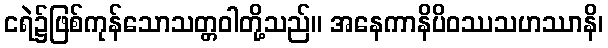
ငရဲ၌ဖြစ်ကုန်သောသတ္တဝါတို့သည်။ အနေကာနိပိဝဿသဟဿာနိ၊